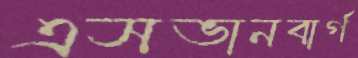
এসভানবার্গ